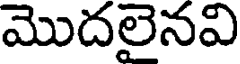
మొదలైనవి